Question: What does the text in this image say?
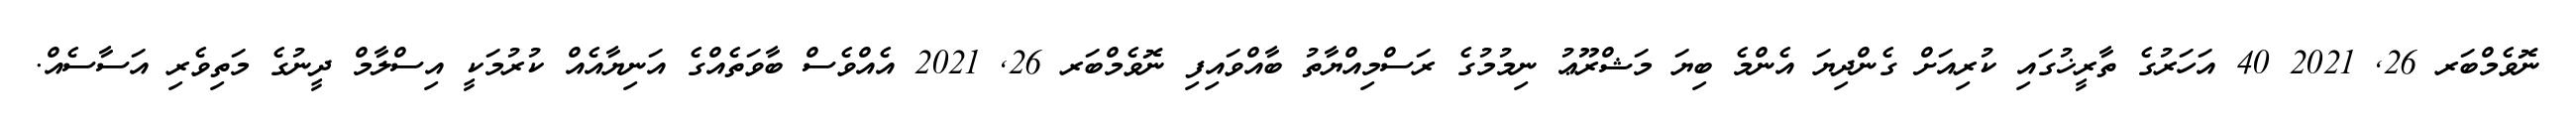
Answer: ނޮވެމްބަރ 26, 2021 40 އަހަރުގެ ތާރީޚުގައި ކުރިއަށް ގެންދިޔަ އެންމެ ބިޔަ މަޝްރޫޢު ނިމުމުގެ ރަސްމިއްޔާތު ބާއްވައިފި ނޮވެމްބަރ 26, 2021 އެއްވެސް ބާވަތެއްގެ އަނިޔާއެއް ކުރުމަކީ އިސްލާމް ދީނުގެ މަތިވެރި އަސާސެއް.